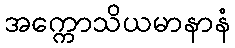
အက္ကောသိယမာနာနံ